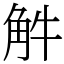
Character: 𧣈